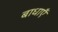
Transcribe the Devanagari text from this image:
बाधाऍं